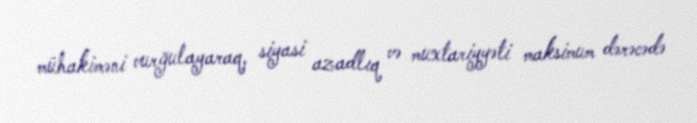
mühakiməni vurğulayaraq, siyasi azadlıq və muxtariyyəti maksimum dərəcədə